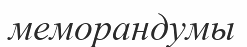
меморандумы